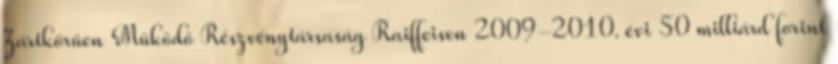
Zártkörűen Működő Részvénytársaság Raiffeisen 2009-2010. évi 50 milliárd forint